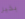
بخير